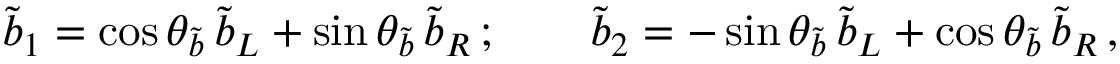
\tilde { b } _ { 1 } = \cos \theta _ { \tilde { b } } \, \tilde { b } _ { L } + \sin \theta _ { \tilde { b } } \, \tilde { b } _ { R } \, ; \qquad \tilde { b } _ { 2 } = - \sin \theta _ { \tilde { b } } \, \tilde { b } _ { L } + \cos \theta _ { \tilde { b } } \, \tilde { b } _ { R } \, ,